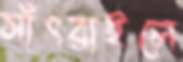
সাঁৎরাইলে